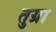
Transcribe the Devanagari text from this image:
तुग्रा